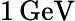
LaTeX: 1\, \mathrm{GeV}